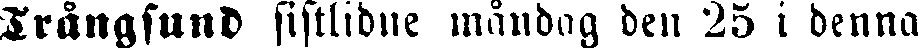
Trångsund sistlidne måndag den 25 i denna